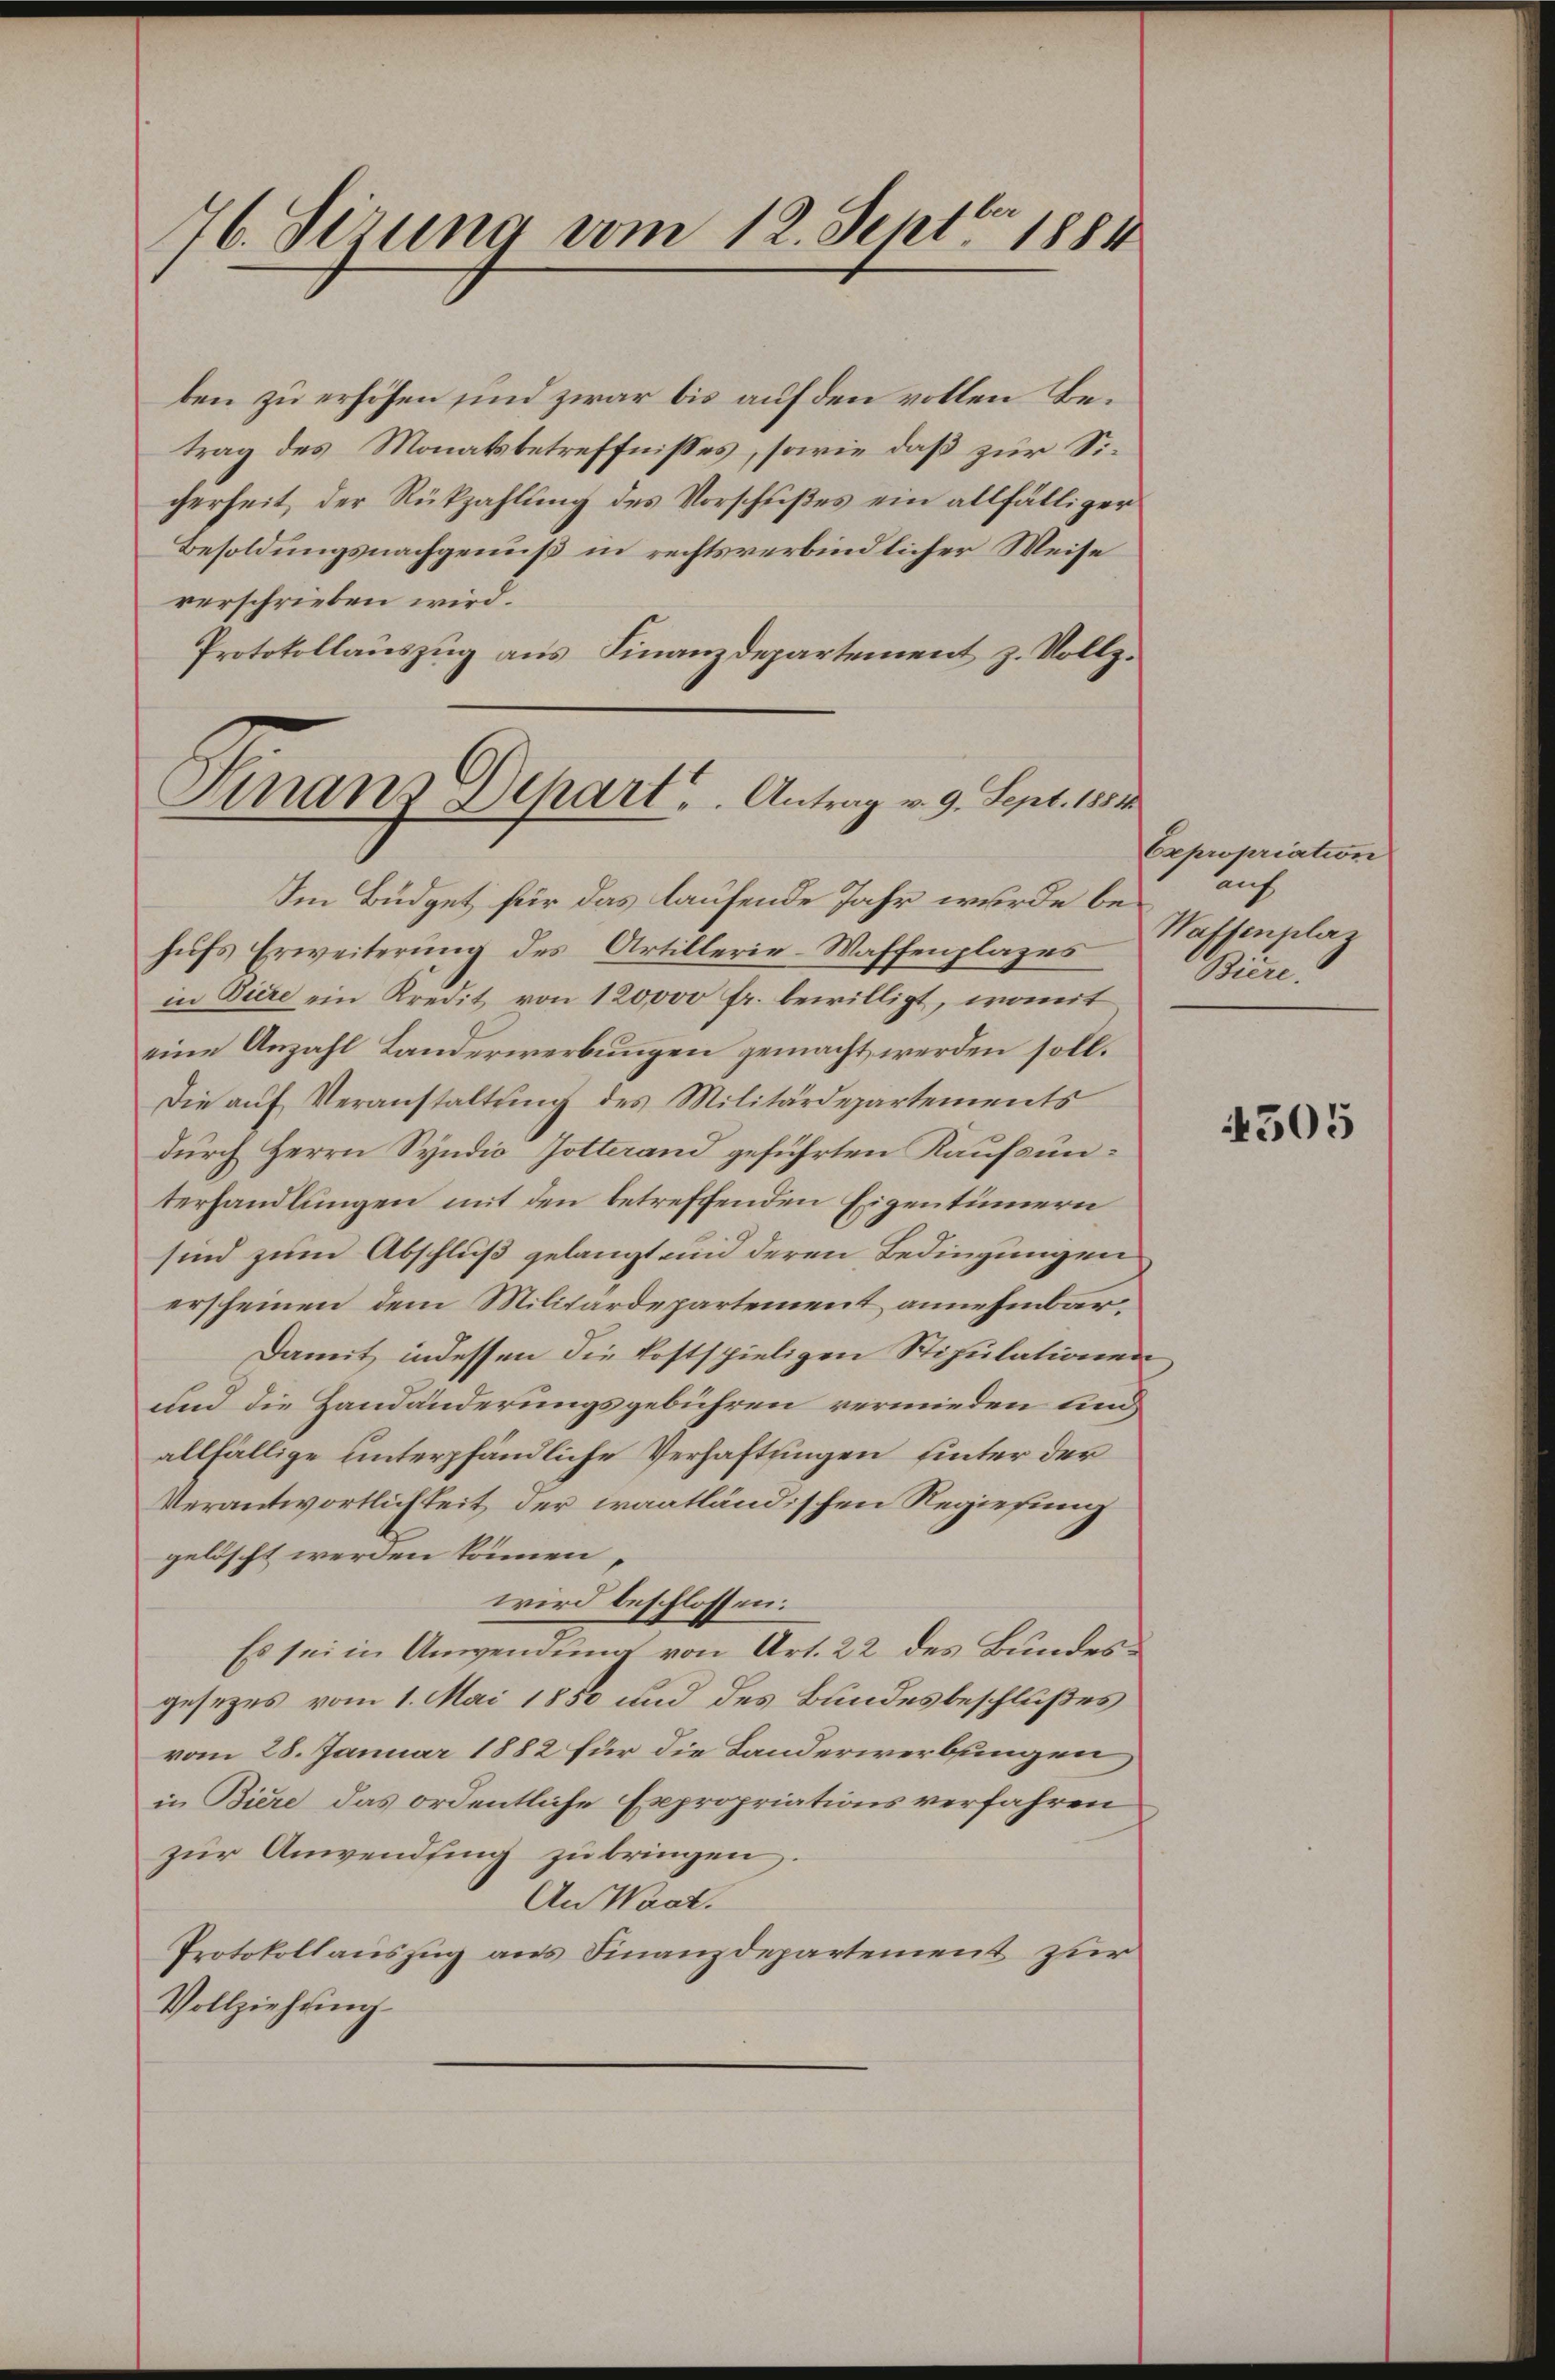
76. Sizung vom 12. Septbr 1884

ben zu erhöhen sind zwar bis auf den vollen Betrag des Monatsbetreffnisses, sowie daß zur Sicherheit, der Rückzahlung des Vorschußes ein allfälliger
Besoldungsnachgenuß in rechtsverbindlicher Weise
verschrieben wird.
Protokollauszug aus Finanzdepartement z. Vollz¬

Finanz Dehart. Antrag v. 9. Sept. 1881

Im Büdget für das laufende Jahr wurde behufs Erweiterung des Artillerie-Waffenplazes
in Tiere ein Kredit von 120000 fr. bewilligt, womit
eine Anzahl Landerwerbungen gemacht werden soll.
Die auf Veranstaltung des Militärdepartements
durch Herrn Syndio Zotterand geführten Kaufsunterhandlungen mit den betreffenden Eigentümern
sind zum Abschluß gelangt und deren Bedingungen
erscheinen dem Militärdepartement annehmbar,
Damit, indessen die kostspieligen Stipulationen
und die Handänderungsgebühren vermieden und
allfällige unterpfändliche Verhaftungen hinter der
Verantwortlichkeit der waatländischen Regierung
gelöscht werden können,
wird beschlossen:
Es sei in Anwendung von Art. 22 des Bundesgesezes vom 1. Mai 1850 und des Bundesbeschlußes
vom 28. Januar 1882 für die Landerwerbungen
in Biere das ordentliche Expropriations verfahren
zur Anwendung zu bringen.
An Waat.
Protokollauszug aus Finanzdepartement zur
Vollziehung

Expropriation
auf
Waffenplaz
Biere.

4505